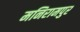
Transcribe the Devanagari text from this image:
मनिरामपुर